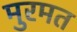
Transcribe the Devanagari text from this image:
मुरमत